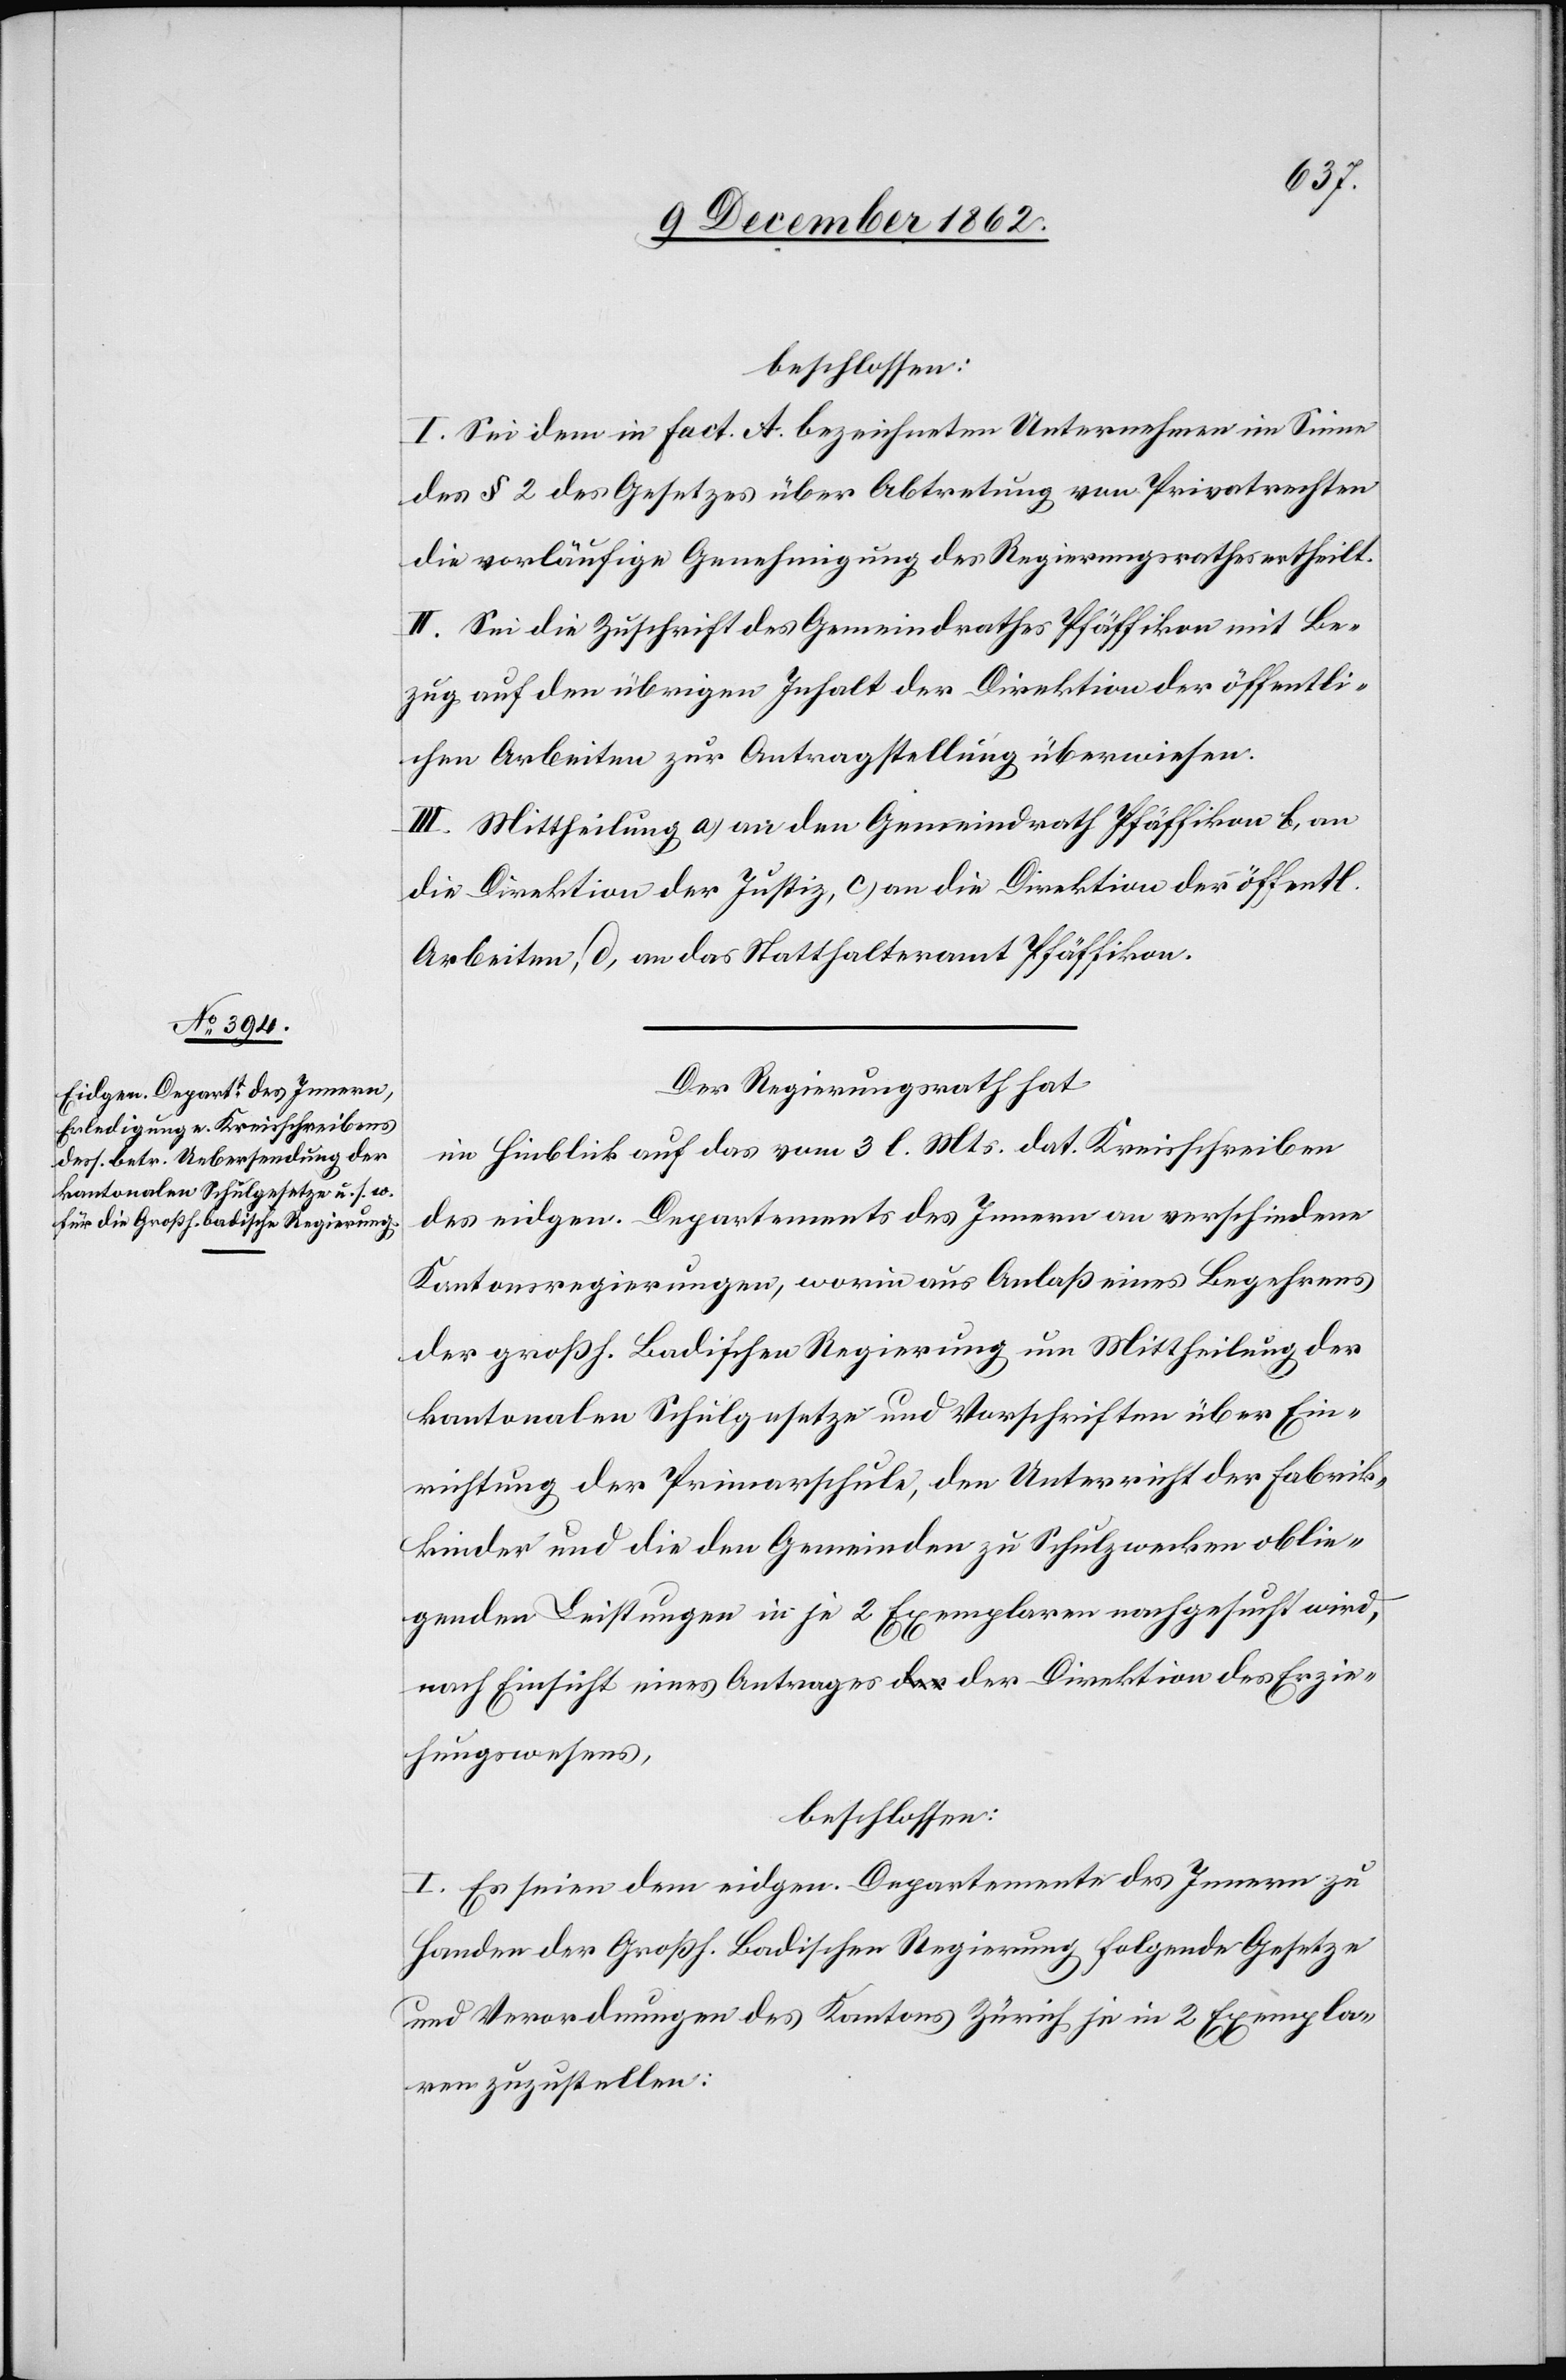
beschlossen:
I. Sei dem in Fact. A. bezeichneten Unternehmen im Sinne
des § 2 des Gesetzes über Abtretung von Privatrechten
die vorläufige Genehmigung des Regierungsrathes ertheilt.
II. Sei die Zuschrift des Gemeindrathes Pfäffikon mit Be¬
zug auf den übrigen Inhalt der Direktion der öffentli¬
chen Arbeiten zur Antragstellung überwiesen.
III. Mittheilung a) an den Gemeindrath Pfäffikon[,] b) an
die Direktion der Justiz, c) an die Direktion der öffentl.
Arbeiten, d) an das Statthalteramt Pfäffikon.
Der Regierungsrath hat
in Hinblick auf das vom 3. l. Mts. dat. Kreisschreiben
des eidgen. Departements des Innern an verschiedene
Kantonsregierungen, worin aus Anlaß eines Begehrens
der Großh. Badischen Regierung um Mittheilung der
kantonalen Schulgesetze und Vorschriften über Ein¬
richtung der Primarschule, den Unterricht der Fabrik¬
kinder und die den Gemeinden zu Schulzwecken oblie¬
genden Leistungen in je 2 Exemplaren nachgesucht wird,
nach Einsicht eines Antrages der Direktion des Erzie¬
hungswesens,
beschlossen:
I. Es seien dem eidgen. Departement des Innern zu
Handen der Großh. Badischen Regierung folgende Gesetze
und Verordnungen des Kantons Zürich je in 2 Exempla¬
ren zuzustellen: